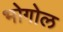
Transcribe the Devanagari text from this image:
भोगोल